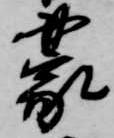
蒙